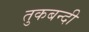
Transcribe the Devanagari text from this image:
तुकबन्दी